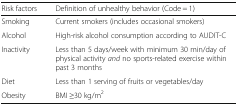
<table><thead><tr><td><b>Risk factors</b></td><td><b>Definition of unhealthy behavior (Code = 1)</b></td></tr></thead><tbody><tr><td>Smoking</td><td>Current smokers (includes occasional smokers)</td></tr><tr><td>Alcohol</td><td>High-risk alcohol consumption according to AUDIT-C</td></tr><tr><td>Inactivity</td><td>Less than 5 days/week with minimum 30 min/day of physical activity <i>and</i> no sports-related exercise within past 3 months</td></tr><tr><td>Diet</td><td>Less than 1 serving of fruits or vegetables/day</td></tr><tr><td>Obesity</td><td>BMI ≥30 kg/m<sup>2</sup></td></tr></tbody></table>